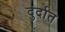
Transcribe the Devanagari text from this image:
दुर्दात